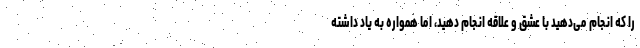
را که انجام می‌دهید با عشق و علاقه انجام دهید، اما همواره به یاد داشته